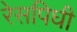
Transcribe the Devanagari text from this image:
रेसपिघी